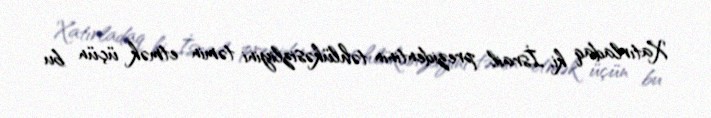
Xatırladaq ki, İsrail prezidentinin təhlükəsizliyini təmin etmək üçün bu